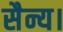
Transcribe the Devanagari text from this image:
सैन्य।